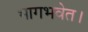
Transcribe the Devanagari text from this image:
भागभवेत।